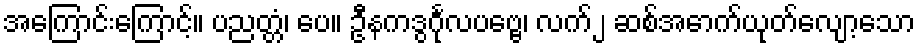
အကြောင်းကြောင့်။ ပညတ္တံ၊ ပေ။ ဦနကဒွင်္ဂုလပဗ္ဗေ၊ လက်၂ ဆစ်အောက်ယုတ်လျော့သော